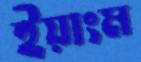
ইয়াংম